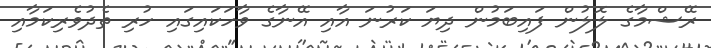
ރޭޝްމާގެ ލޮލުން ފައިބަމުން ދިޔަ ކަރުނަ އާއި އޭނާގެ ވާހަކައިގައި ހުރި ތެދުވެރިކަމާއި